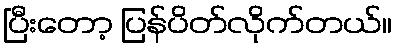
ပြီးတော့ ပြန်ပိတ်လိုက်တယ်။